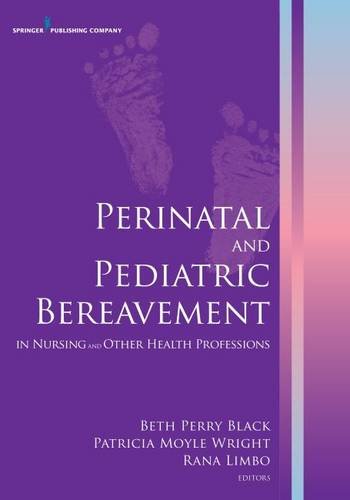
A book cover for Perinatal and Pediatric Bereavement in Nursing and Other Health Professions; Medical Books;